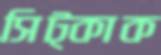
সিট্‌কাক